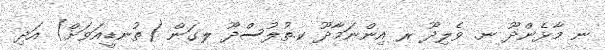
ނ މާޅެންދޫ ނ. ވެލިދޫ ރ އިންނަމާދޫ ކ.ތުލުސްދޫ ލގަން (ތުނޑީއަވަށް) އަދި